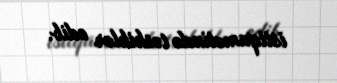
istiqamətində təshihlər edib.